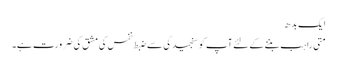
ایک بدھ
متی راہب بننے کے لئے آپ کو سنجیدگی سے ضبط نفس کی مشق کی ضرورت ہے۔